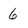
Character: 6